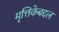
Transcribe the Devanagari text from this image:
मृत्तिकेबद्दल